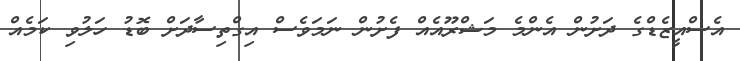
އެސްއީޒެޑްގެ ދަށުން އެންމެ މަޝްރޫއެއް ފެށުން ނަމަވެސް އިގްތިސާދަށް ބޮޑު ހަލުވި ކަމެއް